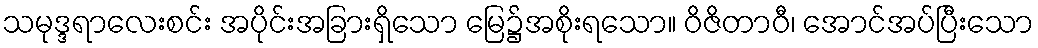
သမုဒ္ဒရာလေးစင်း အပိုင်းအခြားရှိသော မြေ၌အစိုးရသော။ ဝိဇိတာဝီ၊ အောင်အပ်ပြီးသော